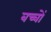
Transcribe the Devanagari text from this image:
बच्चोंं